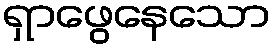
ရှာဖွေနေသော